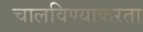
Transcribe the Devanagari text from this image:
चालविण्याकरता